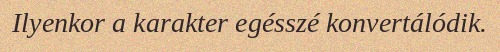
Ilyenkor a karakter egésszé konvertálódik.